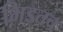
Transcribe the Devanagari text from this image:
भिडतच